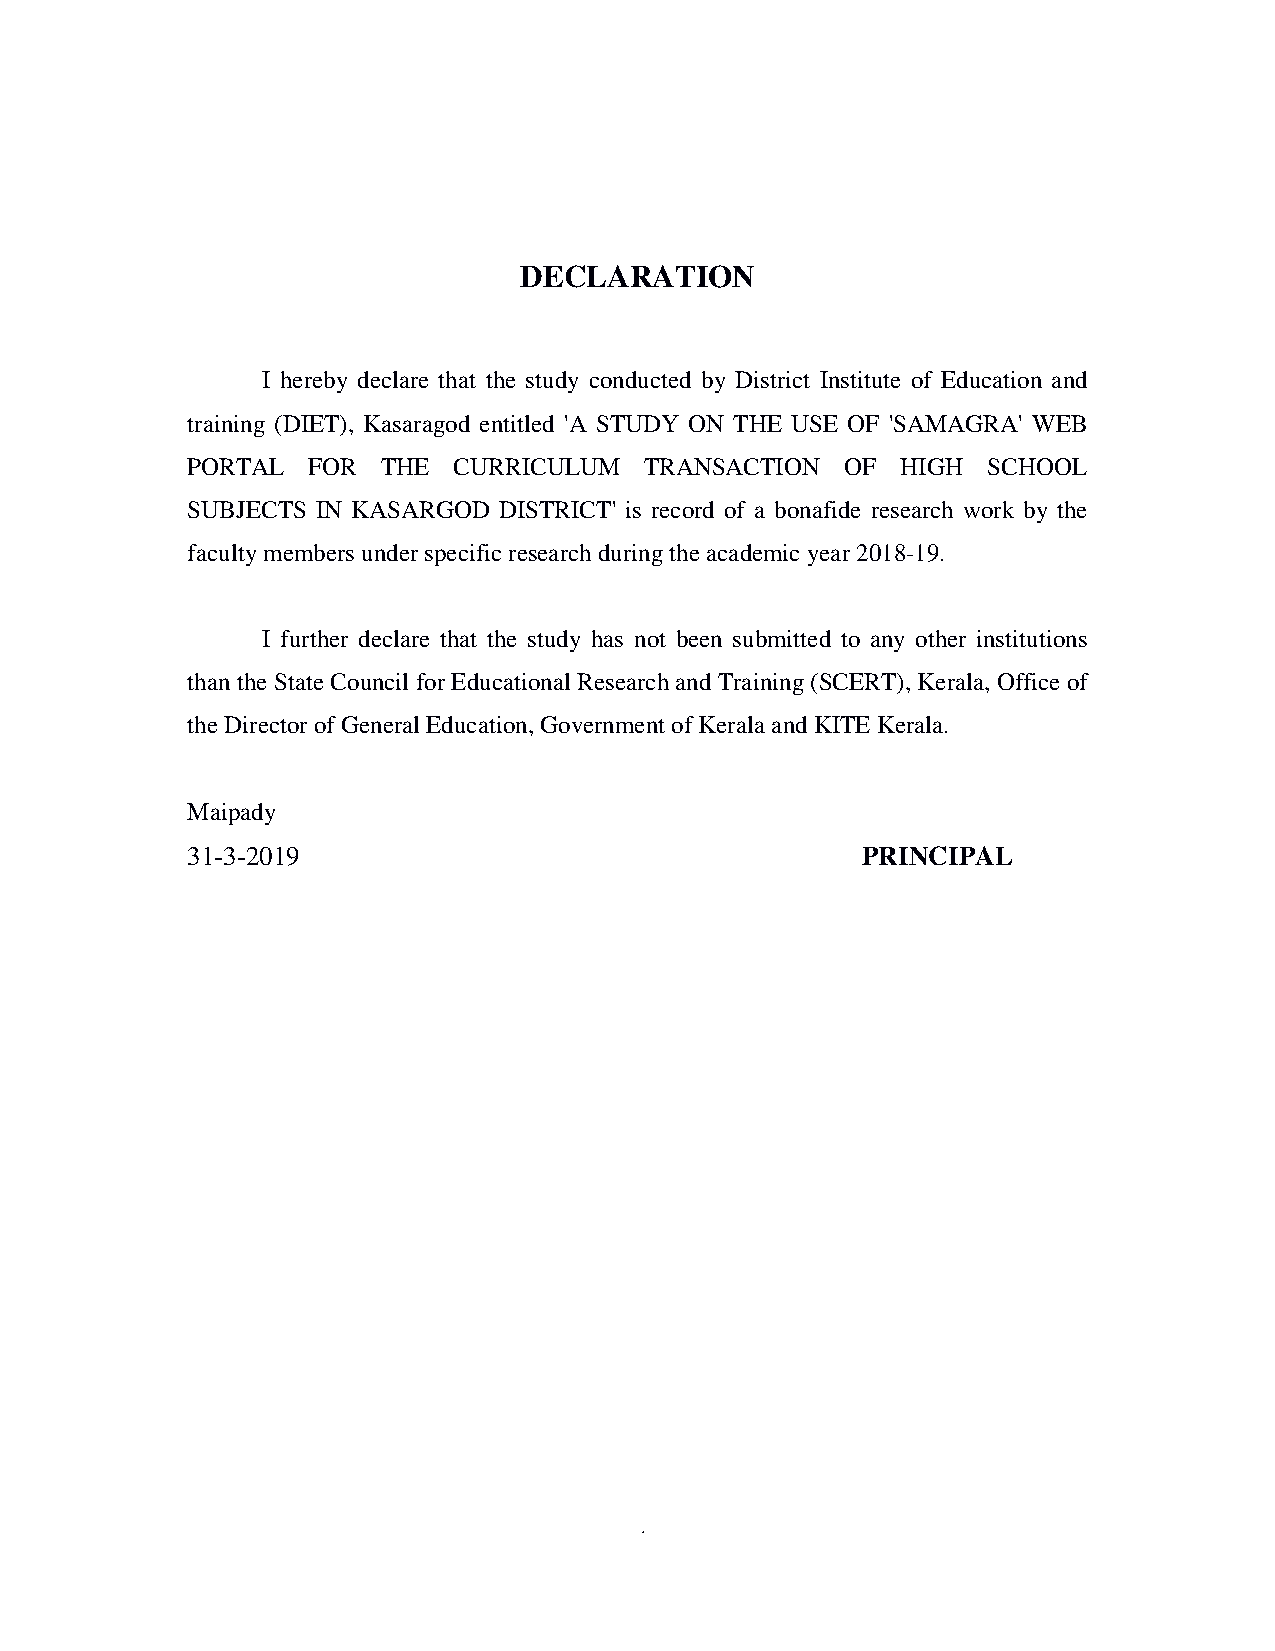
DECLARATION
 I hereby declare that the study conducted by District Institute of Education and
 training (DIET), Kasaragod entitled 'A STUDY ON THE USE OF 'SAMAGRA' WEB
 PORTAL  FOR  THE  CURRICULUM   TRANSACTION  OF  HIGH SCHOOL
 SUBJECTS IN KASARGOD DISTRICT' is record of a bonafide research work by the
 faculty members under specific research during the academic year 2018-19.
 I further declare that the study has not been submitted to any other institutions
 than the State Council for Educational Research and Training (SCERT), Kerala, Office of
 the Director of General Education, Government of Kerala and KITE Kerala.
 Maipady
 31-3-2019                                    PRINCIPAL
 1